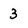
Character: 3